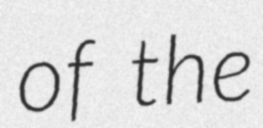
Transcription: of the